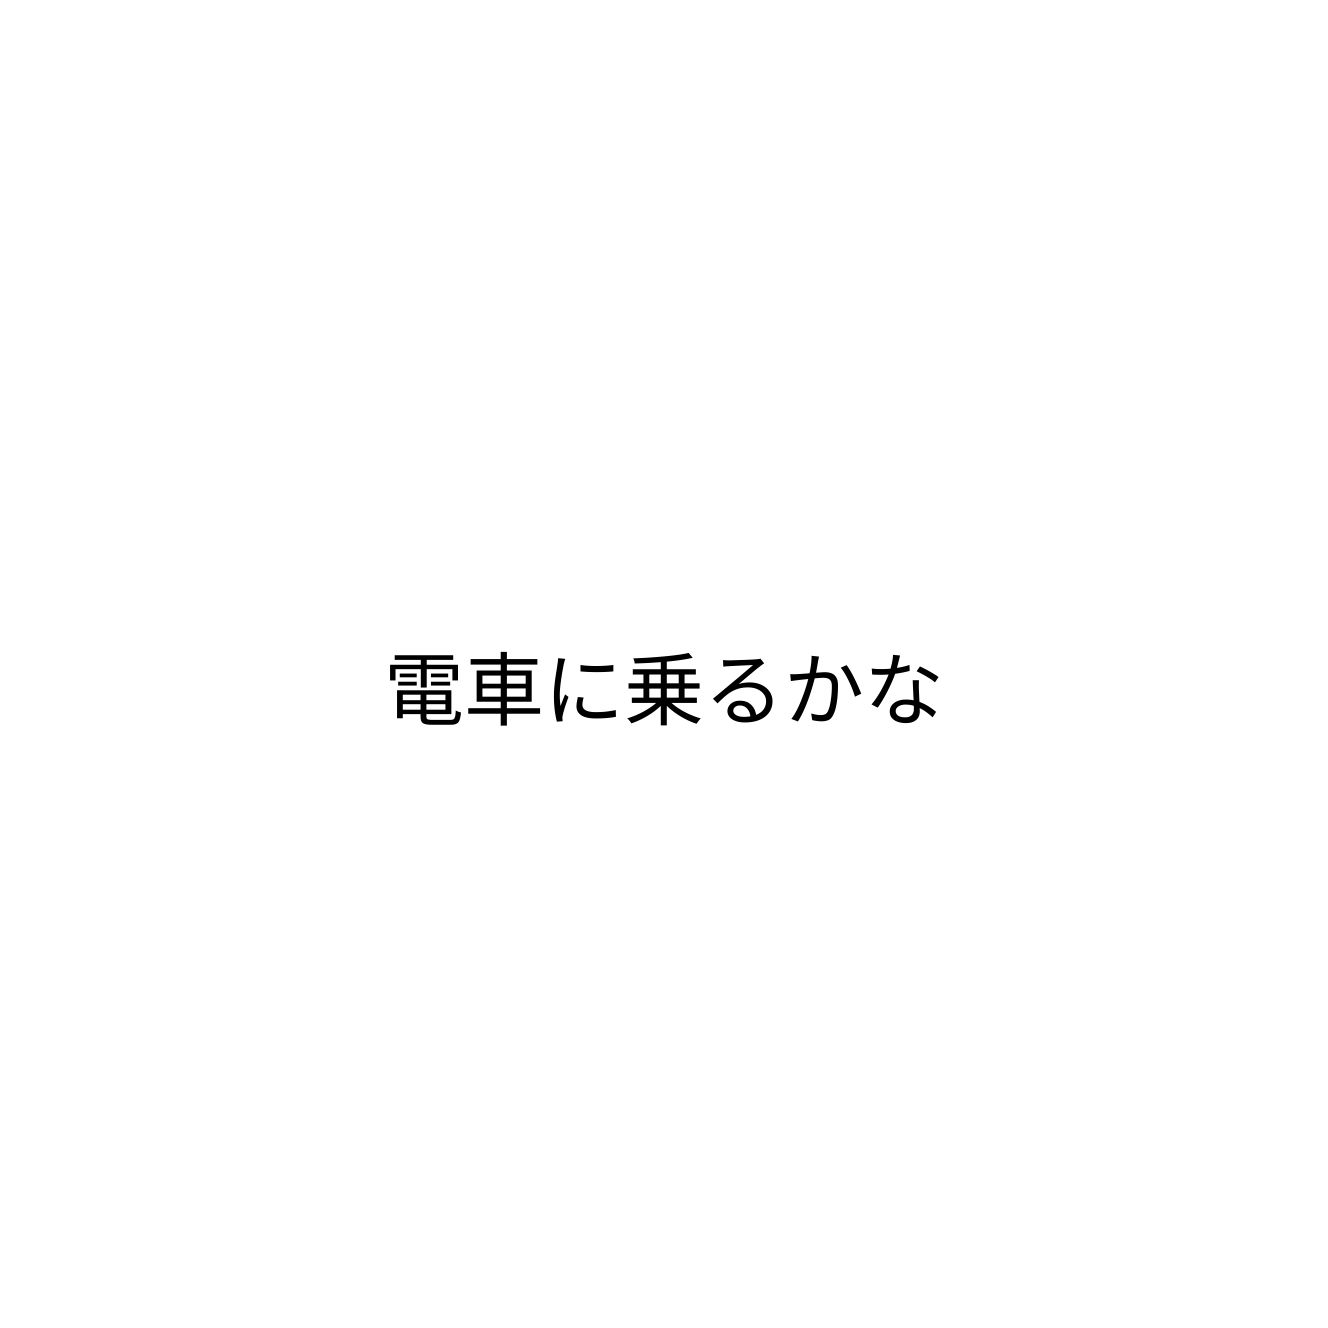
電車に乗るかな